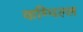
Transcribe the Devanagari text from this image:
कम्पिल्ल